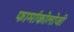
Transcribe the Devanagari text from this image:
फार्माकोलोजी